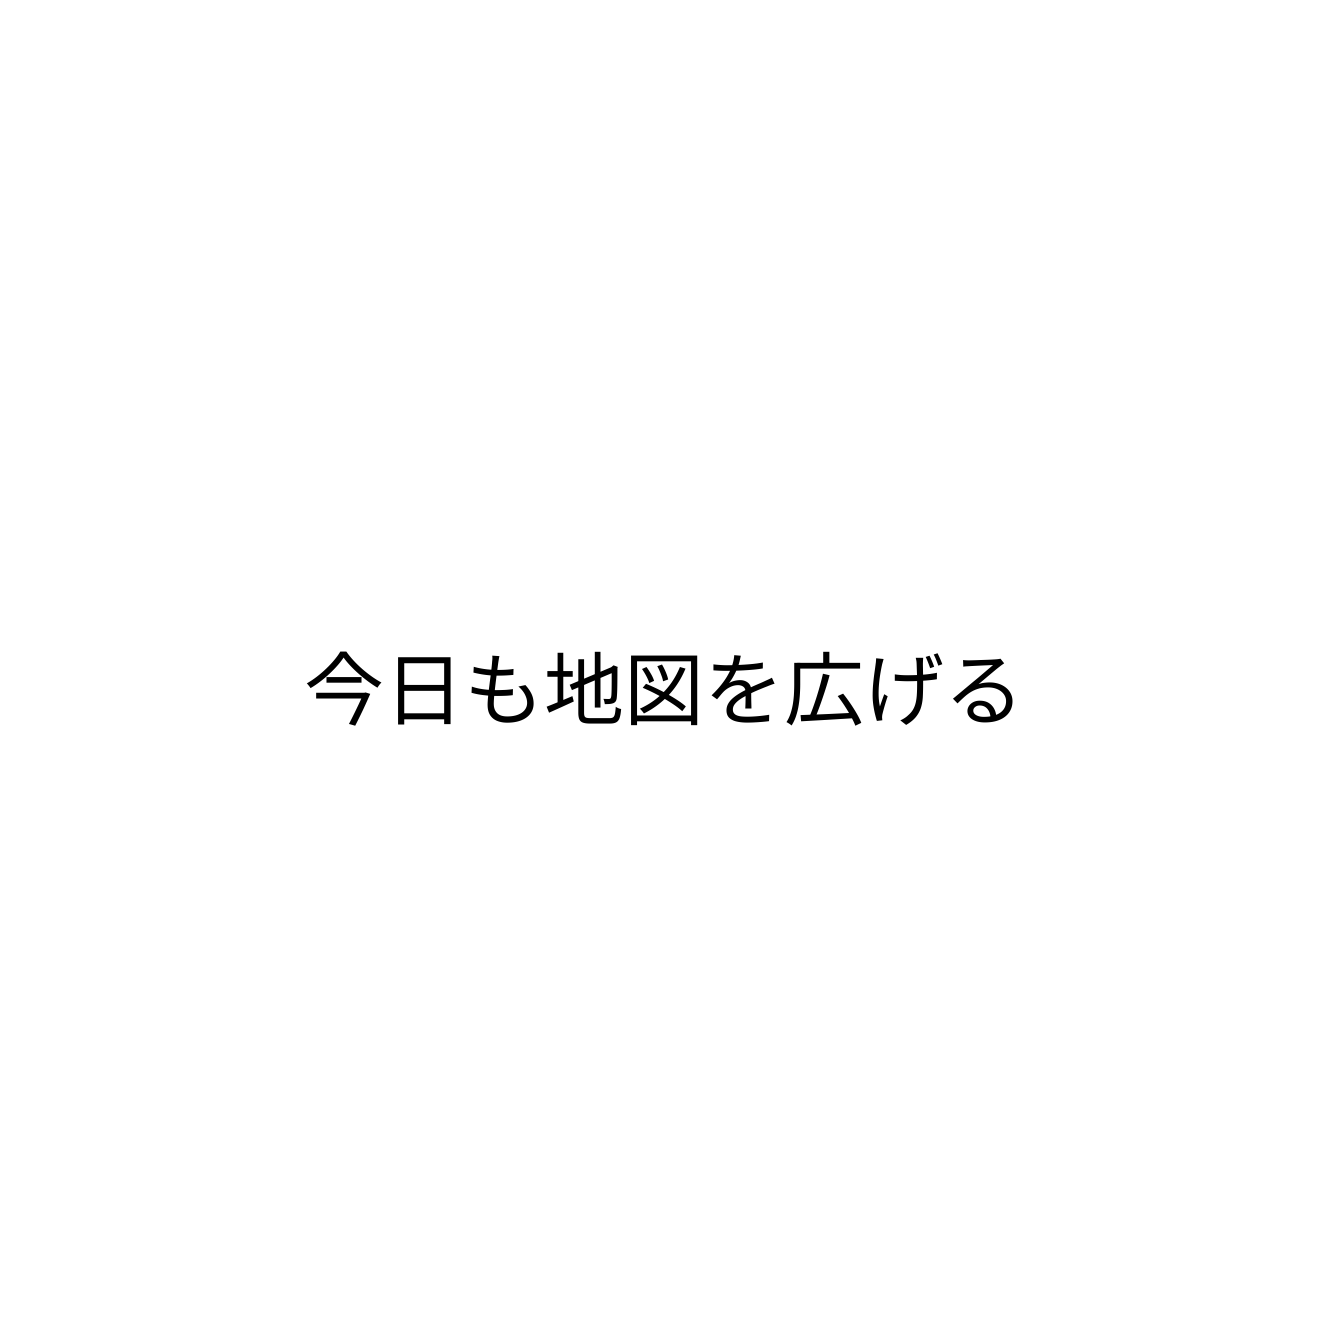
今日も地図を広げる